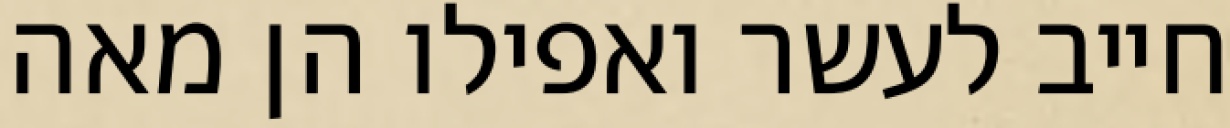
חייב לעשר ואפילו הן מאה